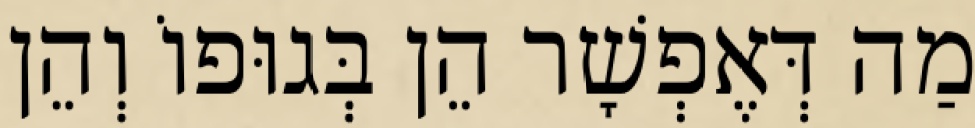
מַה דְּאֶפְשָׁר הֵן בְּגוּפוֹ וְהֵן